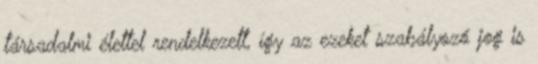
társadalmi élettel rendelkezett, így az ezeket szabályozó jog is